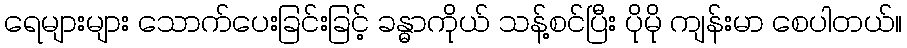
ရေများများ သောက်ပေးခြင်းခြင့် ခန္ဓာကိုယ် သန့်စင်ပြီး ပိုမို ကျန်းမာ စေပါတယ်။